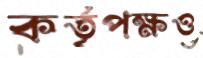
কর্তৃপক্ষও